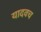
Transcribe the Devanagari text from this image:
यादवच